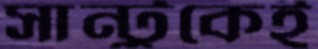
সান্টুকেই